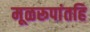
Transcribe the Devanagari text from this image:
मूळरूपांतहि